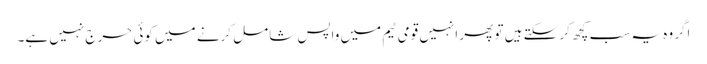
اگر وہ یہ سب کچھ کر سکتے ہیں تو پھر انہیں قومی ٹیم میں واپس شامل کرنے میں کوئی حرج نہیں ہے۔